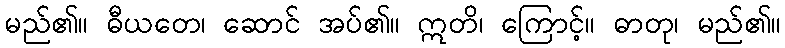
မည်၏။ ဓီယတေ၊ ဆောင် အပ်၏။ ဣတိ၊ ကြောင့်။ ဓာတု၊ မည်၏။